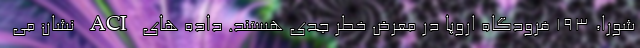
شورا، ۱۹۳ فرودگاه اروپا در معرض خطر جدی هستند. داده های ACI نشان می